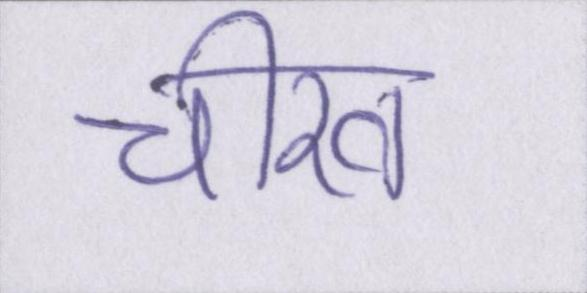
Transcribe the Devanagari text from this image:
चीख